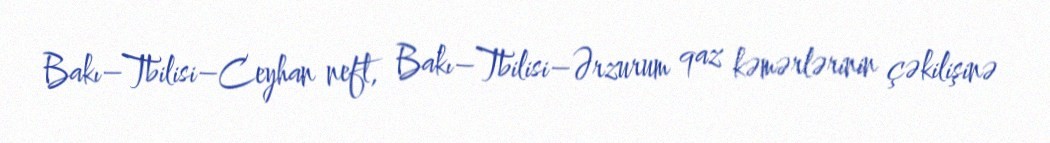
Bakı–Tbilisi–Ceyhan neft, Bakı–Tbilisi–Ərzurum qaz kəmərlərinin çəkilişinə